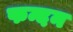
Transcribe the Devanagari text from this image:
फन्दन